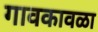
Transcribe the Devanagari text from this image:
गावकावळा